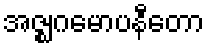
အဇ္ဈဂမောပနီတော